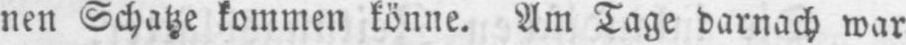
nen Schatze kommen könne. Am Tage darnach war